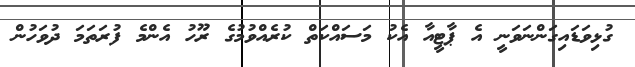
ގުޅިވަޑައިގަންނަވަނީ އެ ޕާޓީއާ އެކު މަސައްކަތް ކުރެއްވުމުގެ ރޫހު އެންމެ ފުރަތަމަ ދުވަހުން